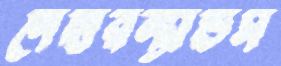
নেদারল্যান্ডস